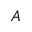
A